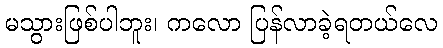
မသွားဖြစ်ပါဘူး၊ ကလော ပြန်လာခဲ့ရတယ်လေ